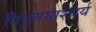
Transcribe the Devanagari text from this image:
विपुलमाश्चर्य